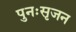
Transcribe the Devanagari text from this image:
पुनःसृजन